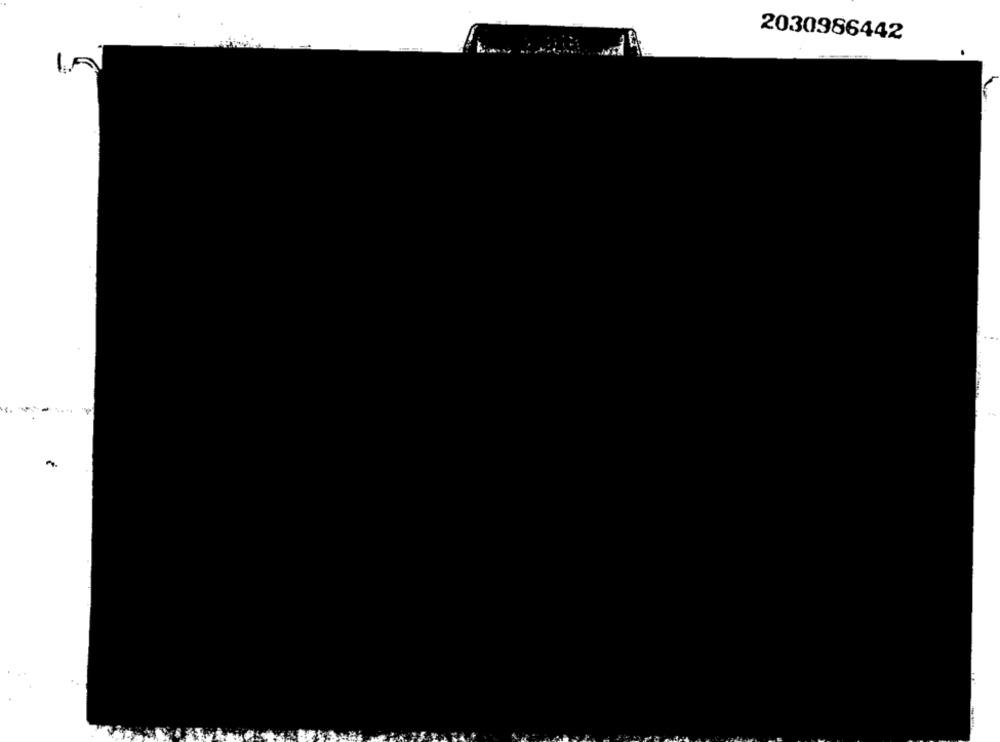
2030986442